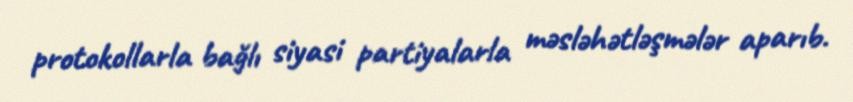
protokollarla bağlı siyasi partiyalarla məsləhətləşmələr aparıb.